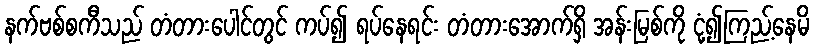
နက်ဗစ်စကီသည် တံတားပေါင်တွင် ကပ်၍ ရပ်နေရင်း တံတားအောက်ရှိ အန်းမြစ်ကို ငုံ့၍ကြည့်နေမိ